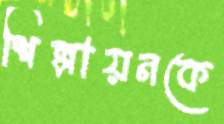
শিল্পায়নকে